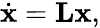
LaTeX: \dot{\mathbf{x}}=\mathbf{Lx},